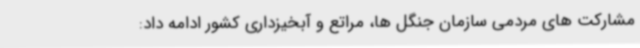
مشارکت های مردمی سازمان جنگل ها، مراتع و آبخیزداری کشور ادامه داد: